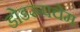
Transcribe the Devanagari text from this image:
डोडरूपचेम